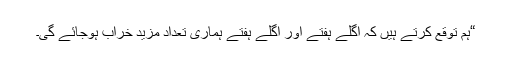
“ہم توقع کرتے ہیں کہ اگلے ہفتے اور اگلے ہفتے ہماری تعداد مزید خراب ہوجائے گی۔